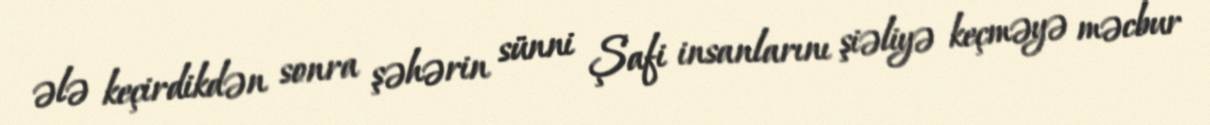
ələ keçirdikdən sonra şəhərin sünni Şafi insanlarını şiəliyə keçməyə məcbur